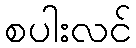
စပါးလင်